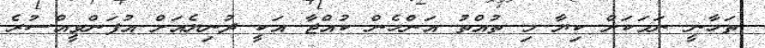
ތަހާނީ ނަމަކަށް ކިޔާ މި ތުއްތު އަންހެން ކުއްޖާ އަކީ ދުނިޔެއަށް އުފަންވީއްސުރެ